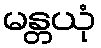
မန္တယုံ